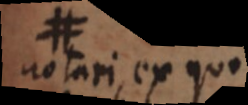
# notari ex quo